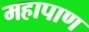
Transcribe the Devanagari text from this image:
महापाण